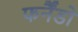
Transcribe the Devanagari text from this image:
फर्नैंडो